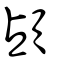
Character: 頕